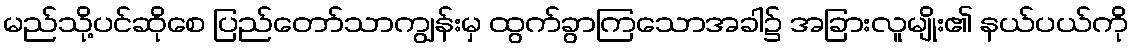
မည်သို့ပင်ဆိုစေ ပြည်တော်သာကျွန်းမှ ထွက်ခွာကြသောအခါ၌ အခြားလူမျိုး၏ နယ်ပယ်ကို